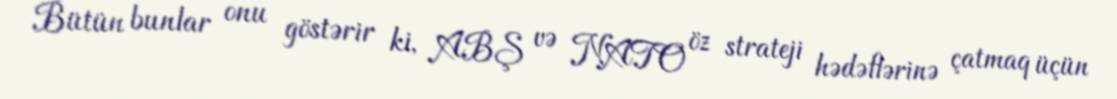
Bütün bunlar onu göstərir ki, ABŞ və NATO öz strateji hədəflərinə çatmaq üçün